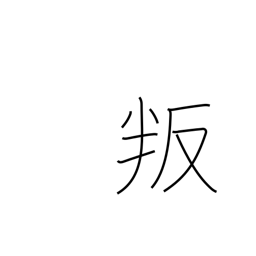
Meaning: disobey